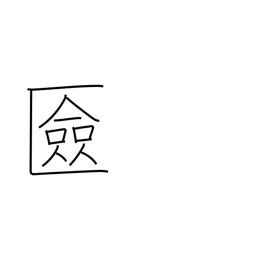
Meaning: cosmetics box